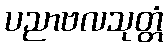
ပညာဗလသုတ္တံ